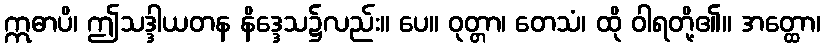
ဣဓာပိ၊ ဤသဒ္ဒါယတန နိဒ္ဒေသ၌လည်း။ ပေ။ ဝုတ္တာ၊ တေသံ၊ ထို ဝါရတို့၏။ အတ္ထော၊